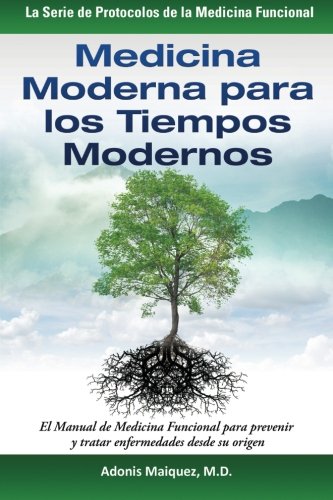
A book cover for Medicina Moderna para los Tiempos Modernos: El Manual de Medicina Funcional para prevenir y tratar enfermedades desde su origen (La Serie de Protocolos de la Medicina Funcional) (Spanish Edition); Adonis Maiquez; Medical Books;